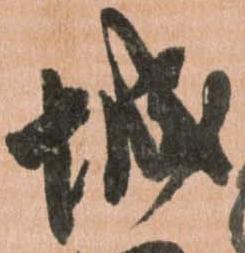
城